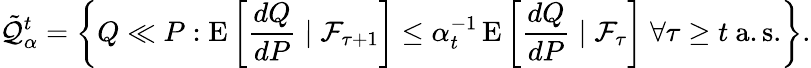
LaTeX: {\tilde{\mathcal{Q}}}_{\alpha}^{t}=\left\{ Q\ll P:\operatorname{E}\left[{\frac{dQ}{dP}}\mid{\mathcal{F}}_{\tau+1}\right]\leq\alpha_{t}^{-1}\operatorname{E}\left[{\frac{dQ}{dP}}\mid{\mathcal{F}}_{\tau}\right]\; \forall\tau\geq t{\mathrm{~a.s.}}\right\} .